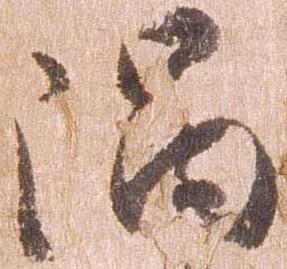
隈